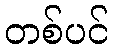
တစ်ပင်